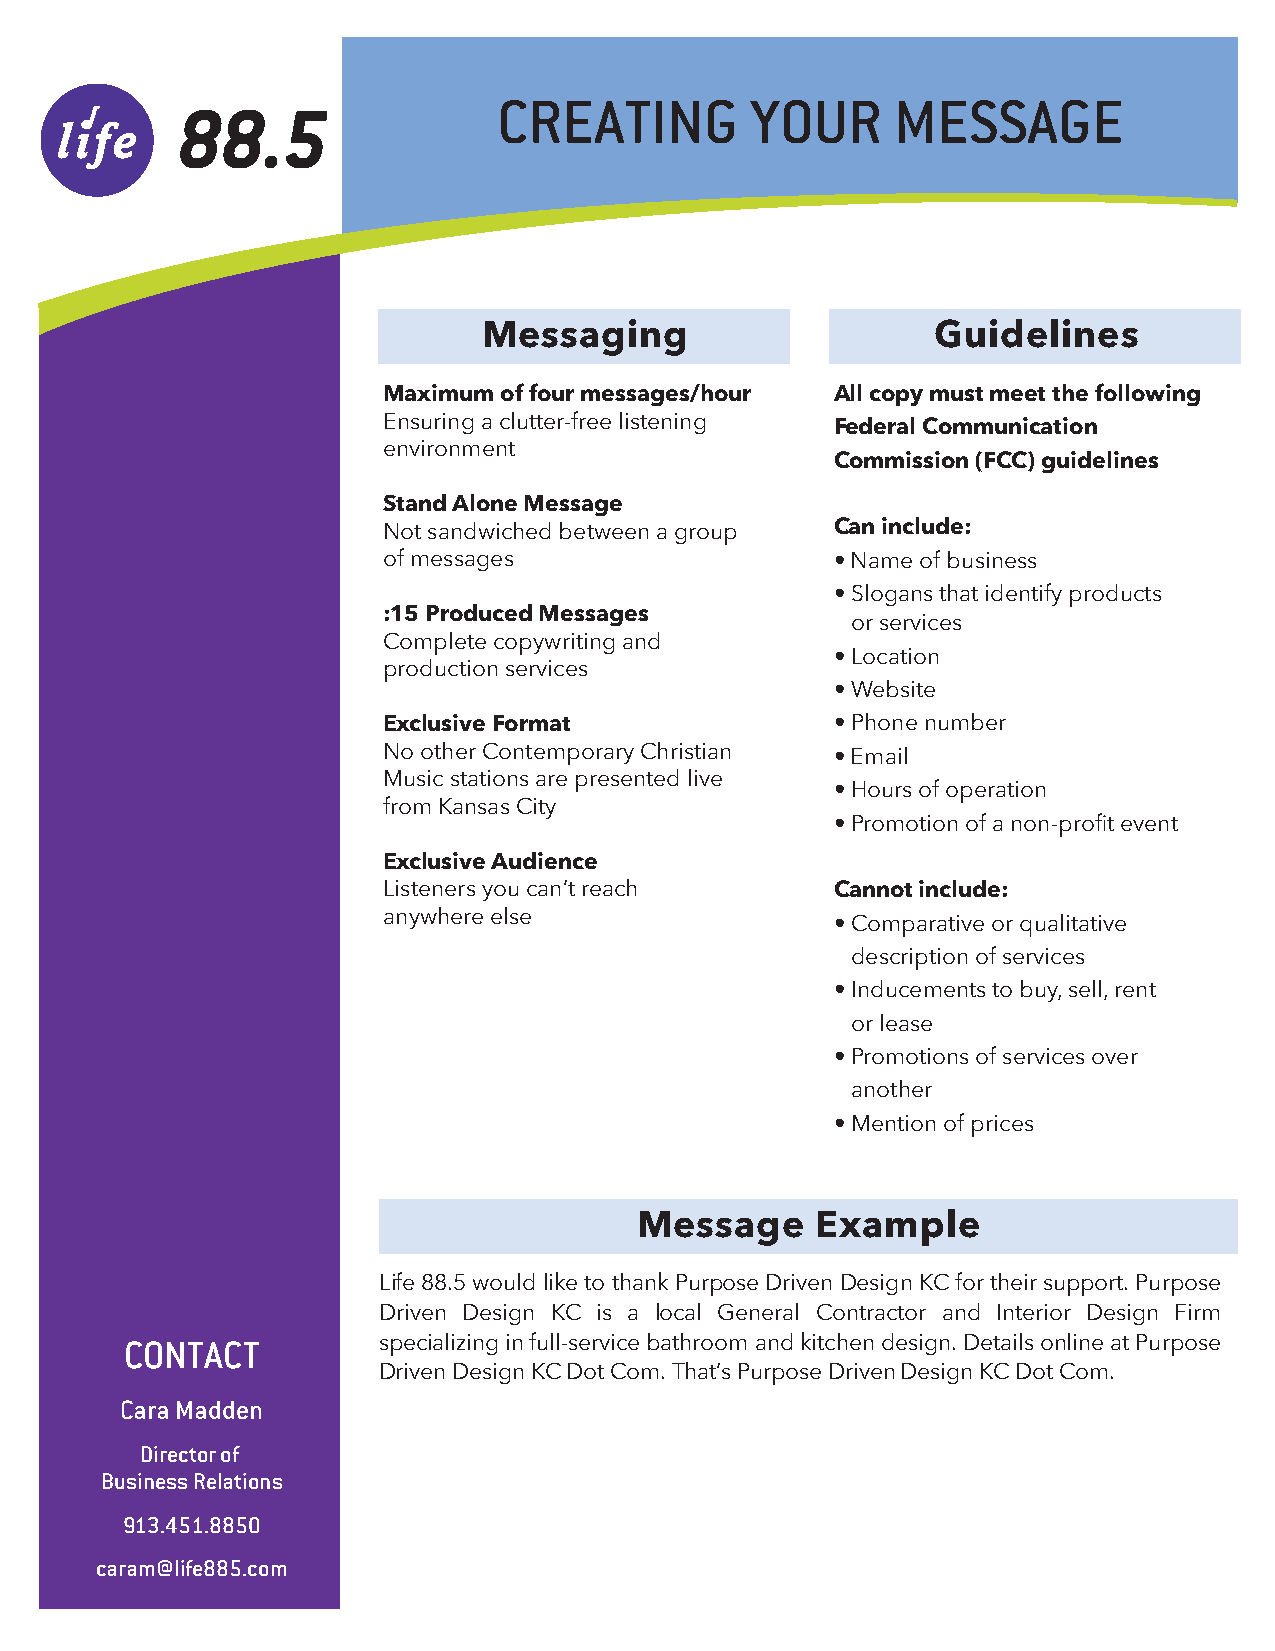
CREATING         YOUR     MESSAGE
 88.5
 Messaging                     Guidelines
 Maximum of four messages/hour All copy must meet the following
 Ensuring a clutter-free listening
 Federal Communication
 environment
 Commission (FCC) guidelines
 Stand Alone Message
 Not sandwiched between a group Can include:
 of messages                   •Name of business
 •Slogans that identify products
 :15 Produced Messages
 or services
 Complete copywriting and
 •Location
 production services
 •Website
 Exclusive Format              •Phone number
 No other Contemporary Christian •Email
 Music stations are presented live
 •Hours of operation
 from Kansas City
 •Promotion of a non-profit event
 Exclusive Audience
 Listeners you can’t reach     Cannot include:
 anywhere else
 •Comparative or qualitative
 description of services
 •Inducements to buy, sell, rent
 or lease
 •Promotions of services over
 another
 •Mention of prices
 Message     Example
 Life 88.5 would like to thank Purpose Driven Design KC for their support. Purpose
 Driven Design KC is a local General Contractor and Interior Design Firm
 CONTACT          specializing in full-service bathroom and kitchen design. Details online at Purpose
 Driven Design KC Dot Com. That’s Purpose Driven Design KC Dot Com.
 Cara Madden
 Director of
 Business Relations
 913.451.8850
 caram@life885.com